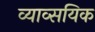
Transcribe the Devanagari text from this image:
व्याव्सयिक